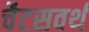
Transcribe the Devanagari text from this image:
चैटसवर्थ